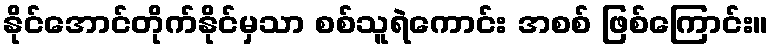
နိုင်အောင်တိုက်နိုင်မှသာ စစ်သူရဲကောင်း အစစ် ဖြစ်ကြောင်း။